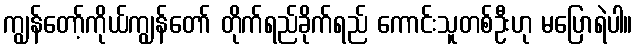
ကျွန်တော့်ကိုယ်ကျွန်တော် တိုက်ရည်ခိုက်ရည် ကောင်းသူတစ်ဦးဟု မပြောရဲပါ။